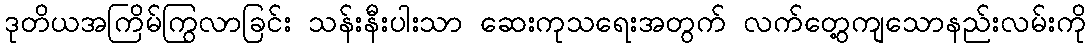
ဒုတိယအကြိမ်ကြွလာခြင်း သန်းနီးပါးသာ ဆေးကုသရေးအတွက် လက်တွေ့ကျသောနည်းလမ်းကို